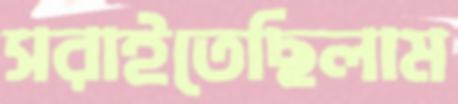
সরাইতেছিলাম